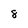
Character: 8